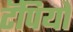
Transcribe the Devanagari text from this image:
टॅपियो